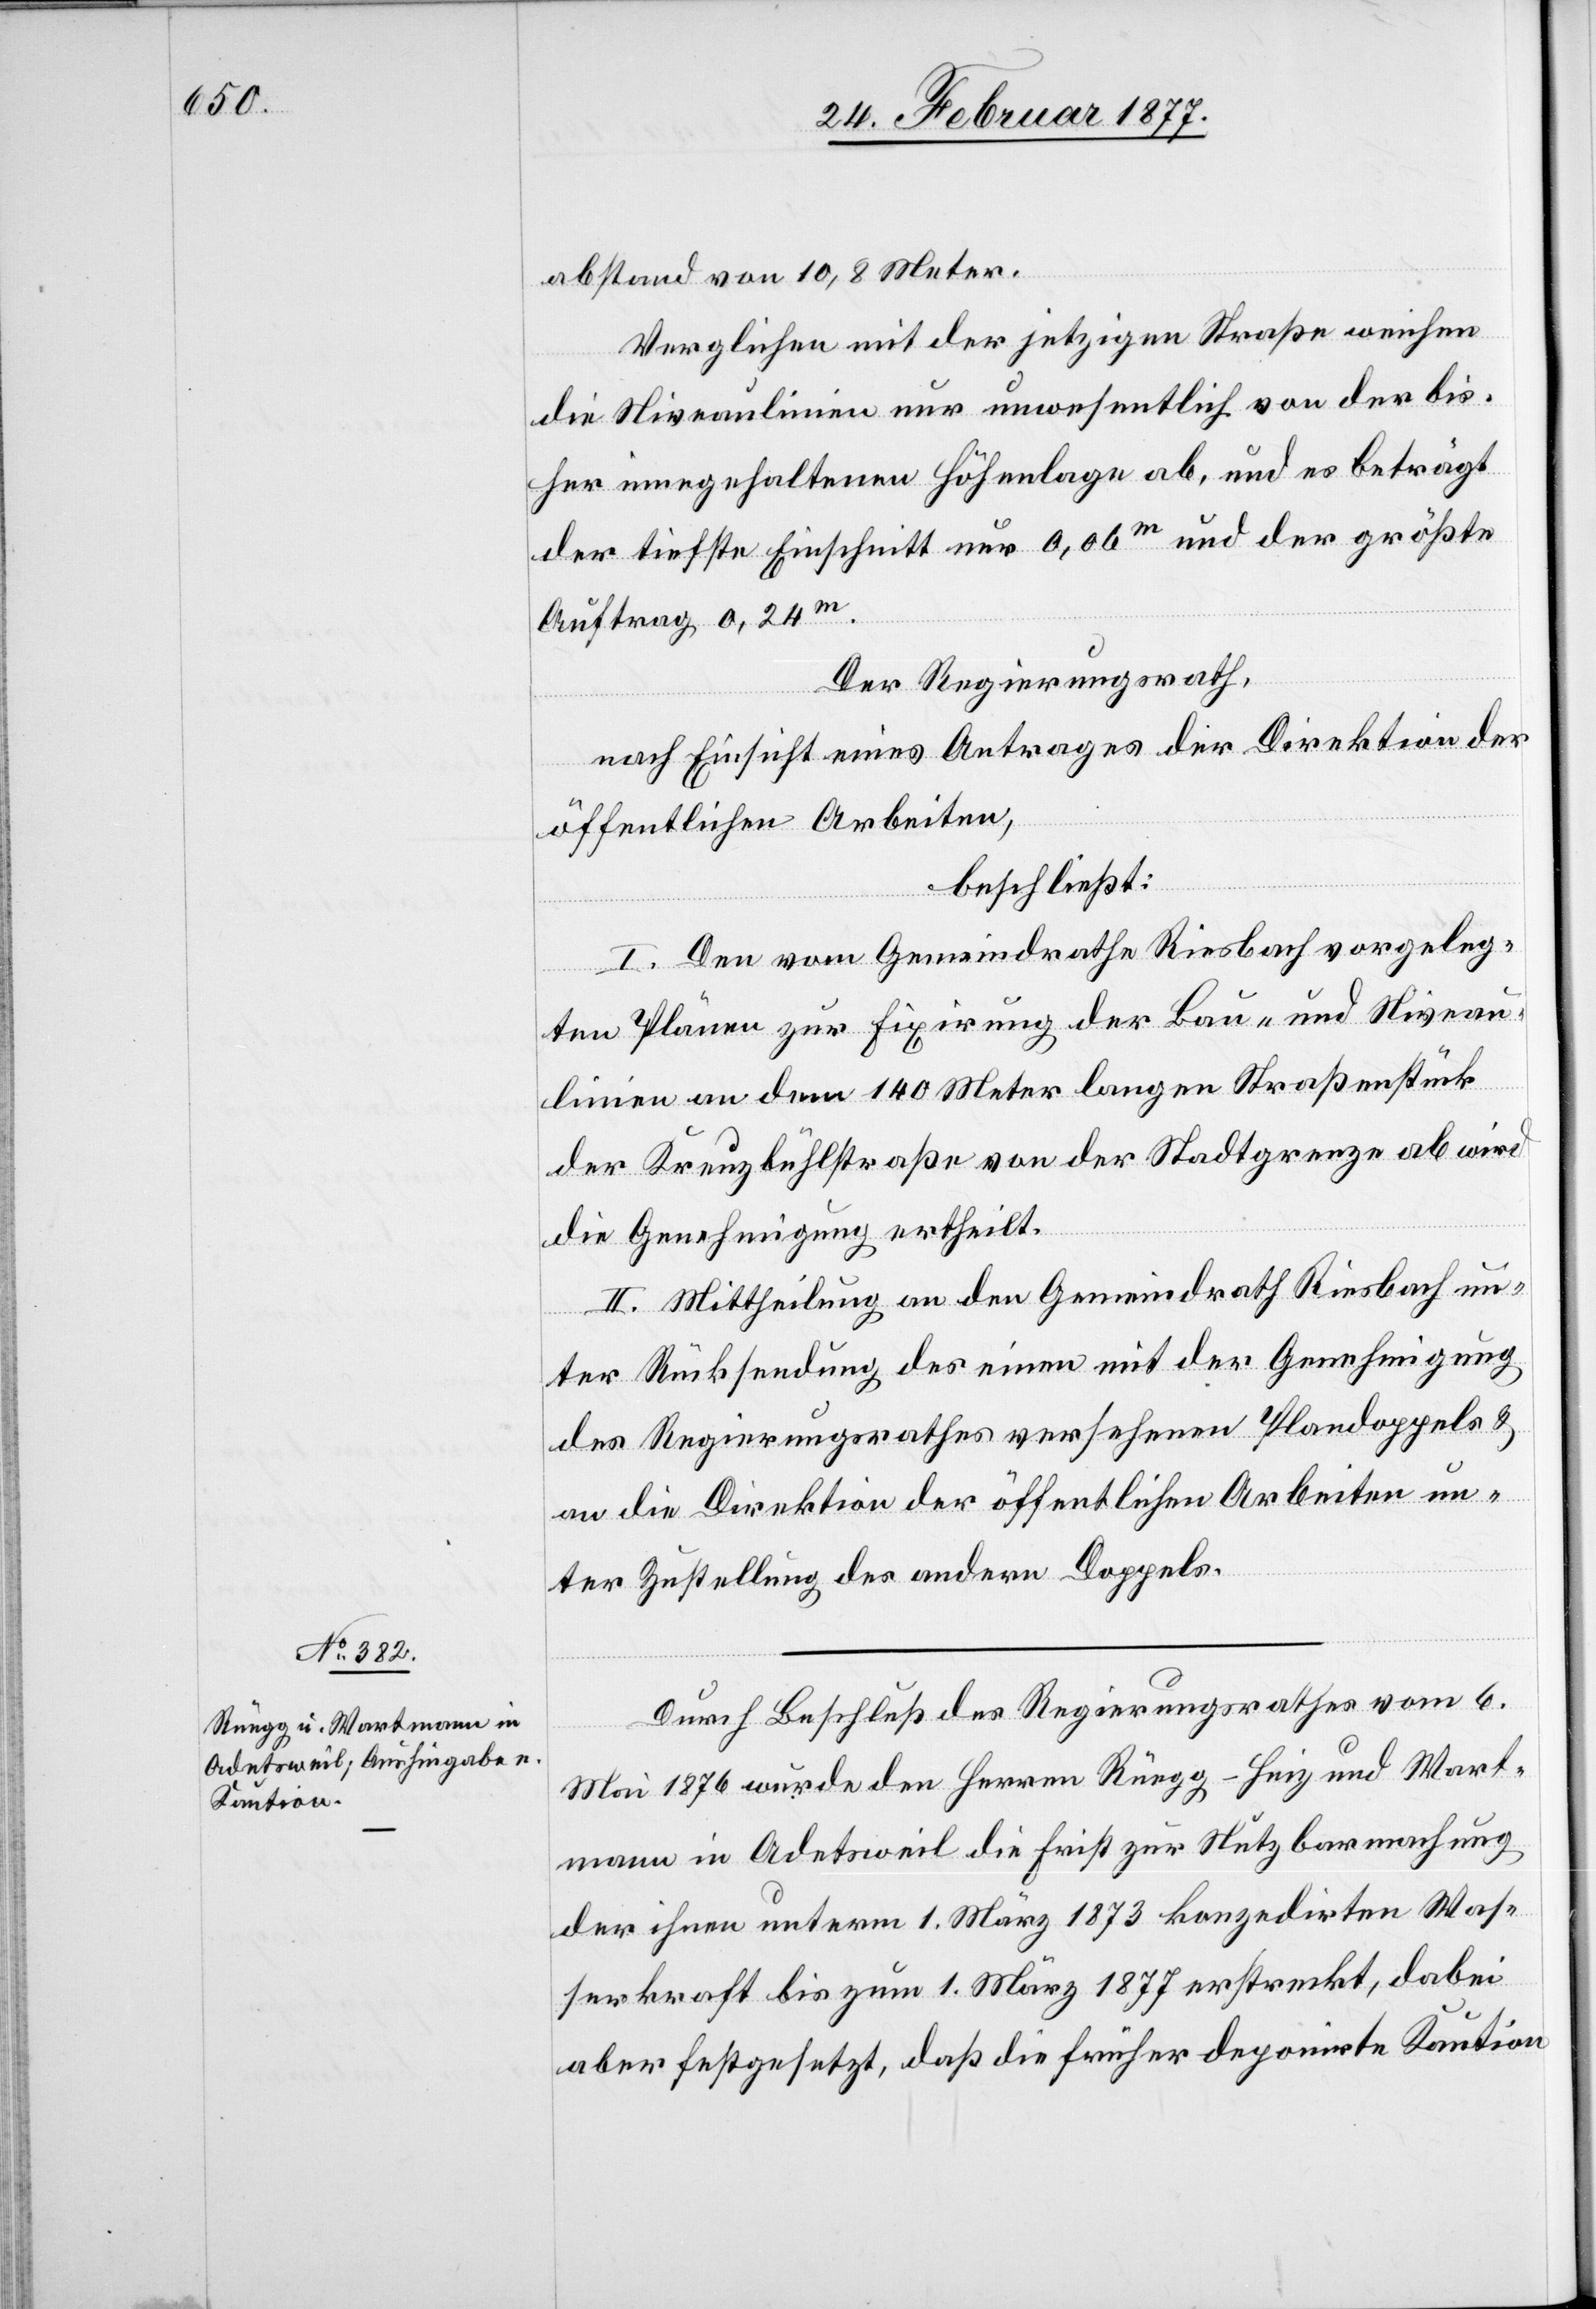
abstand von 10,8 Meter.
Verglichen mit der jetzigen Straße weichen
die Niveaulinien nur unwesentlich von der bis¬
her innegehaltenen Höhenlinie ab, und es beträgt
der tiefste Einschnitt nur 0,06m und der größte
Auftrag 0,24m.
Der Regierungsrath,
nach Einsicht eines Antrages der Direktion der
öffentlichen Arbeiten,
beschließt:
I. Den vom Gemeindrathe Riesbach vorgeleg¬
ten Plänen zur Fixirung der Bau- und Niveau¬
linien an dem 140 Meter langen Straßenstück
der Kreuzbühlstraße von der Stadtgrenze ab wird
die Genehmigung ertheilt.
II. Mittheilung an den Gemeindrath Riesbach un¬
ter Rücksendung des einen mit der Genehmigung
des Regierungsrathes versehenen Plandoppels &
an die Direktion der öffentlichen Arbeiten un¬
ter Zustellung des andern Doppels.
Durch Beschluß des Regierungsrathes vom 6.
Mai 1876 wurde den Herren Rüegg-Heiz und Wart¬
mann in Adetsweil die Frist zur Nutzbarmachung
der ihnen unterm 1. März 1873 konzedirten Was¬
serkraft bis zum 1. März 1877 erstreckt, dabei
aber festgesetzt, daß die früher deponirte Kaution